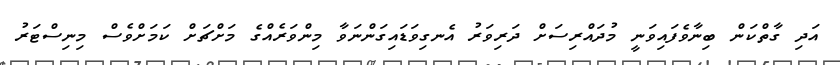
އަދި ގާތްކަން ބިނާވެފައިވަނީ މުދައްރިސަށް ދަރިވަރު އެނގިވަޑައިގަންނަވާ މިންވަރެއްގެ މަށްޗަށް ކަމަށްވެސް މިނިސްޓަރު